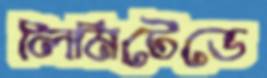
লিমিটেডে